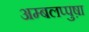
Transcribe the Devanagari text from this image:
अम्बलप्पुष़ा